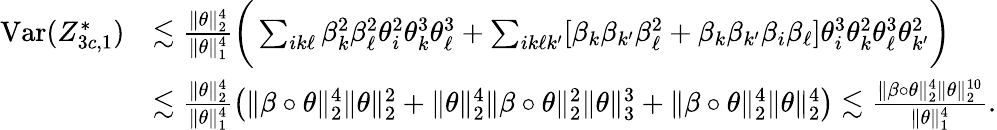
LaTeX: \begin{array}{rl}{\mathrm{Var}(Z_{3c,1}^{*})}&{\lesssim\frac{\| \theta\| _{2}^{4}}{\| \theta\| _{1}^{4}}\bigg(\sum_{ik\ell}\beta_{k}^{2}\beta_{\ell}^{2}\theta_{i}^{2}\theta_{k}^{3}\theta_{\ell}^{3}+\sum_{ik\ell k^{\prime}}[\beta_{k}\beta_{k^{\prime}}\beta_{\ell}^{2}+\beta_{k}\beta_{k^{\prime}}\beta_{i}\beta_{\ell}]\theta_{i}^{3}\theta_{k}^{2}\theta_{\ell}^{3}\theta_{k^{\prime}}^{2}\bigg)}\\ &{\lesssim\frac{\| \theta\| _{2}^{4}}{\| \theta\| _{1}^{4}}\big(\| \beta\circ\theta\| _{2}^{4}\| \theta\| _{2}^{2}+\| \theta\| _{2}^{4}\| \beta\circ\theta\| _{2}^{2}\| \theta\| _{3}^{3}+\| \beta\circ\theta\| _{2}^{4}\| \theta\| _{2}^{4}\big)\lesssim\frac{\| \beta\circ\theta\| _{2}^{4}\| \theta\| _{2}^{10}}{\| \theta\| _{1}^{4}}.}\end{array}